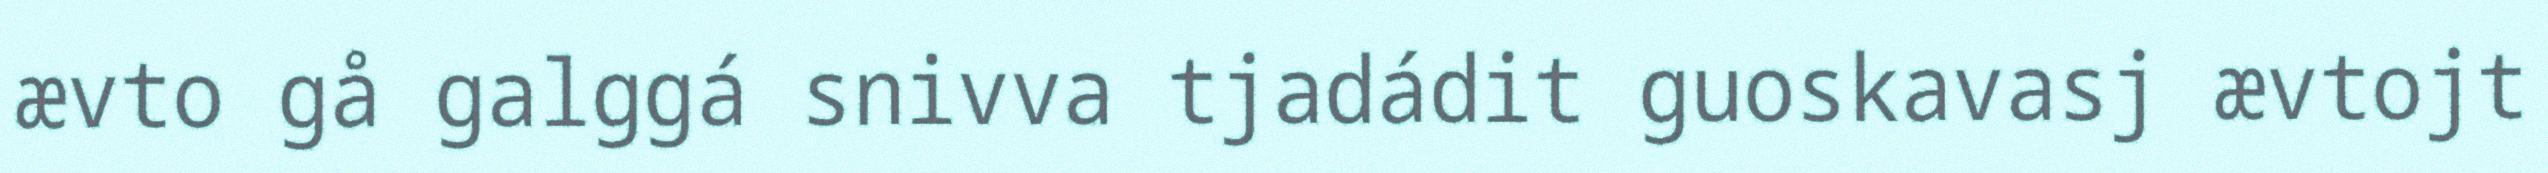
ævto gå galggá snivva tjadádit guoskavasj ævtojt